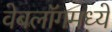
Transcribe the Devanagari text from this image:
वेबलॉगमध्ये